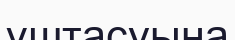
ұштасуына